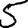
Digit: 5